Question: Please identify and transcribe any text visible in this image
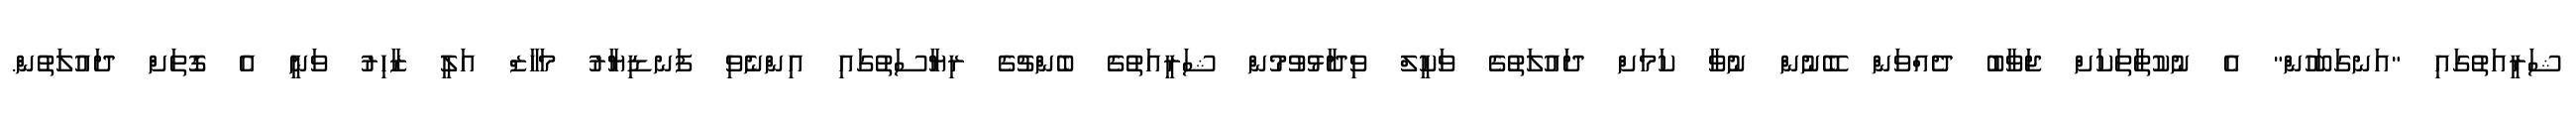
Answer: ޝަރީއަތުގައި "އަނގަބަހުން" އެ ނުކުތާތަކަށް ޖަވާބު ދެއްވަން ބޭނުން ނުވާ ކަމަށް ދައުލަތުގެ ވަކީލް ވިދާޅުވުމުން ޝަރީއަތުގެ ބެންޗުގެ ރިޔާސަތުގައި އިންނެވި ފަނޑިޔާރު މަހާޒް އަލީ ޒާހިރު ވަނީ އެ ގޮތަށް ދައުލަތުން.